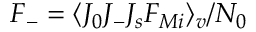
F _ { - } = \langle J _ { 0 } J _ { - } J _ { s } F _ { M i } \rangle _ { v } / N _ { 0 }